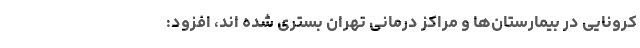
کرونایی در بیمارستان‌ها و مراکز درمانی تهران بستری شده اند، افزود: